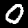
Digit: 0